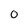
Character: 0